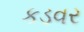
કડવર